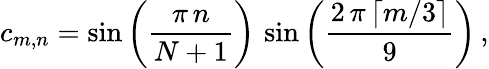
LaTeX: c_{m,n}=\sin\left(\frac{\pi\, n}{N+1}\right)\, \sin\left(\frac{2\, \pi\, \lceil{m/3}\rceil}{9}\right)\, ,